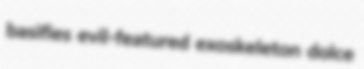
basifies evil-featured exoskeleton dolce